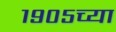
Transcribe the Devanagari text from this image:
१९०५च्या